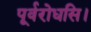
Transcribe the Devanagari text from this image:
पूर्वरोधसि।